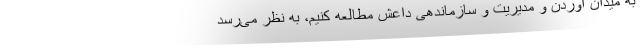
به میدان آوردن و مدیریت و سازماندهی داعش مطالعه کنیم، به نظر می‌رسد